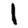
Digit: 1